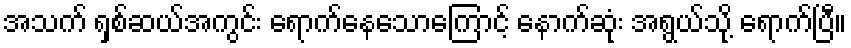
အသက် ရှစ်ဆယ်အကွင်း ရောက်နေသောကြောင့် နောက်ဆုံး အရွယ်သို့ ရောက်ပြီ။